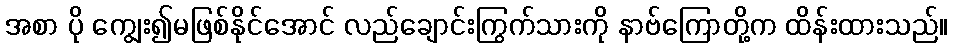
အစာ ပို ကျွေး၍မဖြစ်နိုင်အောင် လည်ချောင်းကြွက်သားကို နာဗ်ကြောတို့က ထိန်းထားသည်။